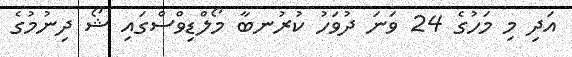
އަދި މި މަހުގެ 24 ވަނަ ދުވަހު ކުރުނބާ މޯލްޑިވްސްގައި ޝޯ ދިނުމުގެ